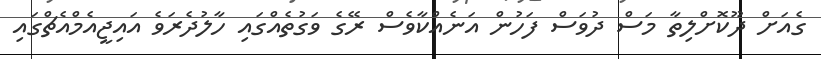
ގެއަށް ދޫކޮށްލިތާ މަސް ދުވަސް ފަހުން އަނެއްކާވެސް ރޭގެ ވަގުތެއްގައި ހާލުދެރަވެ އައިޖީއެމްއެޗްގައި